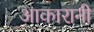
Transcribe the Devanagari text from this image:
आकारानी